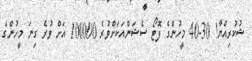
ޝުކުރިއްޔާ! 30-40 މީހުންގެ ފޮޓޯ ސެޝަންއަކަށްވުރެ 100000 އަށް ވުރެ ގިނަ މީހުންގެ